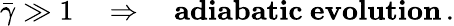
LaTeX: \bar{\gamma}\gg 1\quad\Rightarrow\quad\mathrm{\textbf{adiabatic~evolution}}\, .